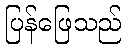
ပြန်ဖြေသည်